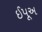
ઈપૂઅ